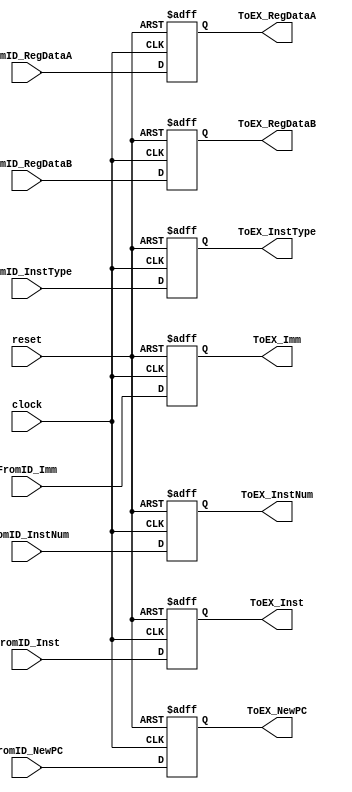
`timescale 1ns / 1ps
//////////////////////////////////////////////////////////////////////////////////
// Company:        Team.TeaWhen
// 
// Design Name: 
// Module Name:    PipelineReg_IDEX 
// Project Name:   Five Stage Pipeline CPU
// Target Devices: Spartan3E Starter Kit
// Tool versions:  Xilinx ISE 14.1
// Description:    I love @Lilian_Ye
//
// Dependencies: 
//
// Revision: 
// Revision 0.01 - File Created
// Additional Comments: 
//
//////////////////////////////////////////////////////////////////////////////////
module PipelineReg_IDEX(
    input wire clock,
    input wire reset,
    
    input wire [31:0] FromID_Inst,
    input wire [31:0] FromID_NewPC,
    input wire [31:0] FromID_RegDataA,
    input wire [31:0] FromID_RegDataB,
    input wire [31:0] FromID_Imm,
    input wire [3:0] FromID_InstNum,
    input wire [3:0] FromID_InstType,
    
    output reg [31:0] ToEX_Inst,
    output reg [31:0] ToEX_NewPC,
    output reg [31:0] ToEX_RegDataA,
    output reg [31:0] ToEX_RegDataB,
    output reg [31:0] ToEX_Imm,
    output reg [3:0] ToEX_InstNum,
    output reg [3:0] ToEX_InstType
    );
    
    always @ (posedge clock or posedge reset) begin
        if (reset == 1) begin
            ToEX_Inst <= 32'b0;
            ToEX_NewPC <= 32'b0;
            ToEX_RegDataA <= 32'b0;
            ToEX_RegDataB <= 32'b0;
            ToEX_Imm <= 32'b0;
            ToEX_InstNum <= 4'b0;
            ToEX_InstType <= 4'b0;
        end
        else begin
            ToEX_Inst <= FromID_Inst;
            ToEX_NewPC <= FromID_NewPC;
            ToEX_RegDataA <= FromID_RegDataA;
            ToEX_RegDataB <= FromID_RegDataB;
            ToEX_Imm <= FromID_Imm;
            ToEX_InstNum <= FromID_InstNum;
            ToEX_InstType <= FromID_InstType;
        end
    end
    
endmodule